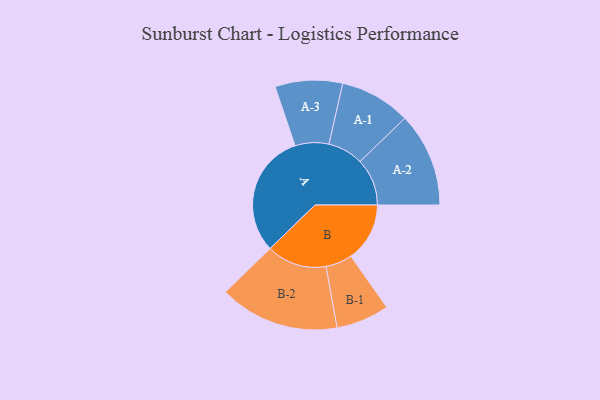
{"axis": {"x": "Segment", "y": "Value"}, "legend": ["", "A", "B"], "data": [{"x": "A", "y": 488, "type": ""}, {"x": "B", "y": 232, "type": ""}, {"x": "A-1", "y": 140, "type": "A"}, {"x": "A-2", "y": 186, "type": "A"}, {"x": "A-3", "y": 133, "type": "A"}, {"x": "B-1", "y": 105, "type": "B"}, {"x": "B-2", "y": 237, "type": "B"}]}